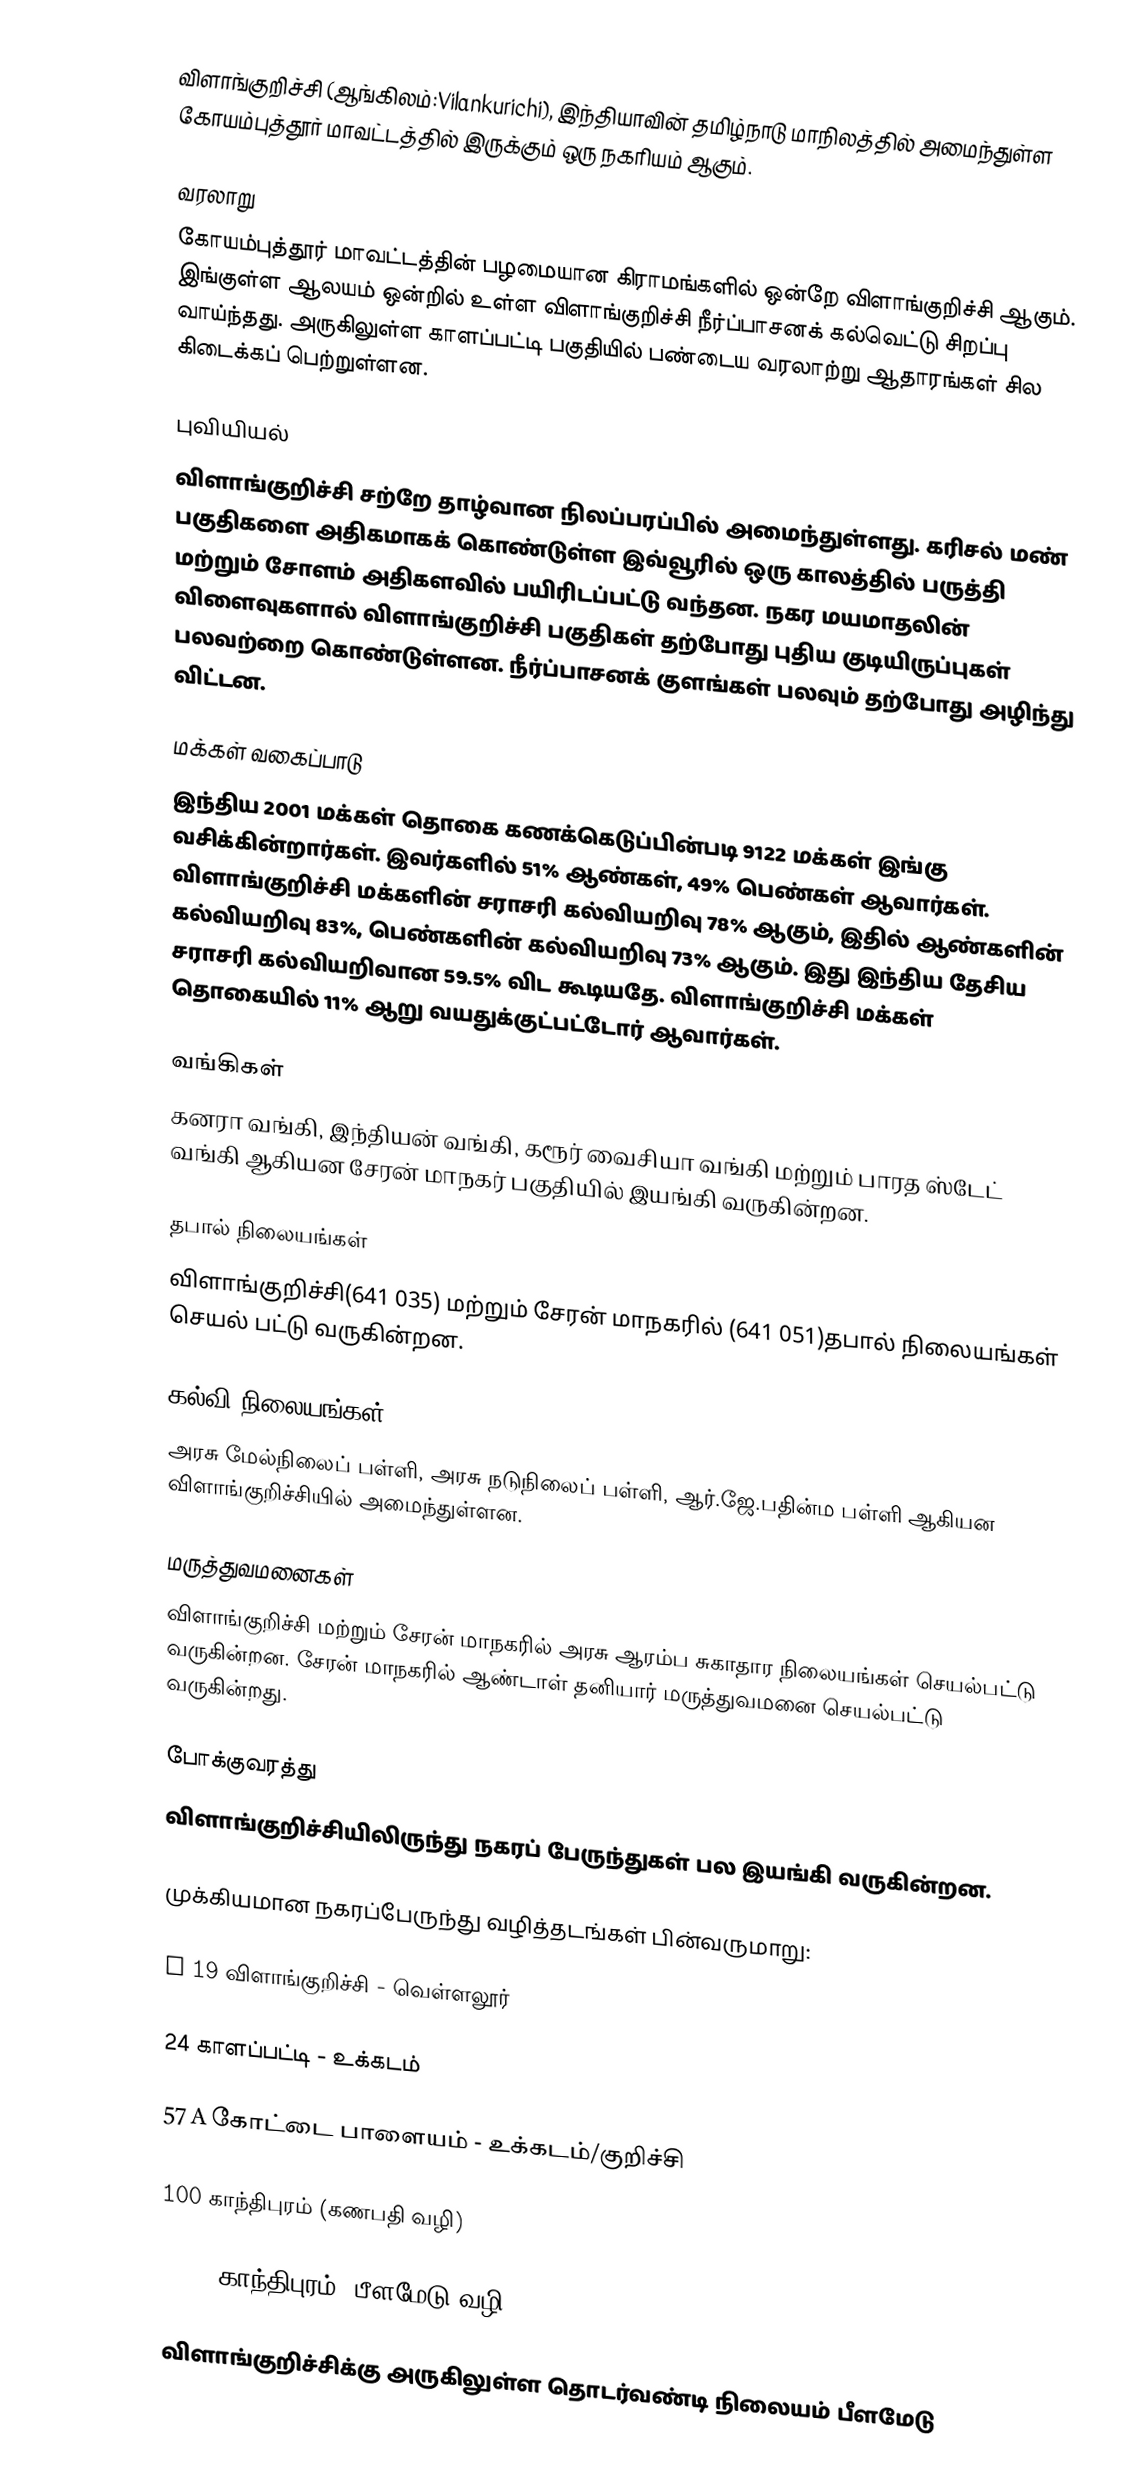
விளாங்குறிச்சி (ஆங்கிலம்:Vilankurichi), இந்தியாவின் தமிழ்நாடு மாநிலத்தில் அமைந்துள்ள கோயம்புத்தூர் மாவட்டத்தில் இருக்கும் ஒரு நகரியம்  ஆகும்.

வரலாறு
கோயம்புத்தூர் மாவட்டத்தின் பழமையான கிராமங்களில் ஒன்றே விளாங்குறிச்சி ஆகும். இங்குள்ள ஆலயம் ஒன்றில் உள்ள விளாங்குறிச்சி நீர்ப்பாசனக் கல்வெட்டு சிறப்பு வாய்ந்தது. அருகிலுள்ள காளப்பட்டி பகுதியில் பண்டைய வரலாற்று ஆதாரங்கள் சில கிடைக்கப் பெற்றுள்ளன.

புவியியல்
விளாங்குறிச்சி சற்றே தாழ்வான நிலப்பரப்பில் அமைந்துள்ளது. கரிசல் மண் பகுதிகளை அதிகமாகக் கொண்டுள்ள இவ்வூரில் ஒரு காலத்தில் பருத்தி மற்றும் சோளம் அதிகளவில் பயிரிடப்பட்டு வந்தன. நகர மயமாதலின் விளைவுகளால் விளாங்குறிச்சி பகுதிகள் தற்போது புதிய குடியிருப்புகள் பலவற்றை கொண்டுள்ளன. நீர்ப்பாசனக் குளங்கள் பலவும் தற்போது அழிந்து விட்டன.

மக்கள் வகைப்பாடு
இந்திய 2001 மக்கள் தொகை கணக்கெடுப்பின்படி 9122 மக்கள் இங்கு வசிக்கின்றார்கள். இவர்களில் 51% ஆண்கள், 49% பெண்கள் ஆவார்கள். விளாங்குறிச்சி மக்களின் சராசரி கல்வியறிவு 78% ஆகும்,  இதில் ஆண்களின் கல்வியறிவு 83%,  பெண்களின் கல்வியறிவு 73% ஆகும். இது இந்திய தேசிய சராசரி கல்வியறிவான 59.5% விட கூடியதே. விளாங்குறிச்சி மக்கள் தொகையில் 11%  ஆறு வயதுக்குட்பட்டோர் ஆவார்கள்.

வங்கிகள்
கனரா வங்கி, இந்தியன் வங்கி, கரூர் வைசியா வங்கி மற்றும் பாரத ஸ்டேட் வங்கி ஆகியன சேரன் மாநகர் பகுதியில் இயங்கி வருகின்றன.

தபால் நிலையங்கள்
விளாங்குறிச்சி(641 035) மற்றும் சேரன் மாநகரில் (641 051)தபால் நிலையங்கள் செயல் பட்டு வருகின்றன.

கல்வி நிலையங்கள்
அரசு மேல்நிலைப் பள்ளி, அரசு நடுநிலைப் பள்ளி, ஆர்.ஜே.பதின்ம பள்ளி ஆகியன விளாங்குறிச்சியில் அமைந்துள்ளன.

மருத்துவமனைகள்
விளாங்குறிச்சி மற்றும் சேரன் மாநகரில் அரசு ஆரம்ப சுகாதார நிலையங்கள் செயல்பட்டு வருகின்றன. சேரன் மாநகரில் ஆண்டாள் தனியார் மருத்துவமனை செயல்பட்டு வருகின்றது.

போக்குவரத்து
விளாங்குறிச்சியிலிருந்து நகரப் பேருந்துகள் பல இயங்கி வருகின்றன.

முக்கியமான நகரப்பேருந்து வழித்தடங்கள் பின்வருமாறு:

S 19 விளாங்குறிச்சி - வெள்ளலூர்

24 காளப்பட்டி - உக்கடம்

57 A கோட்டை பாளையம் - உக்கடம்/குறிச்சி

100 காந்திபுரம் (கணபதி வழி)

100 C காந்திபுரம் (பீளமேடு வழி)

விளாங்குறிச்சிக்கு அருகிலுள்ள தொடர்வண்டி நிலையம் பீளமேடு